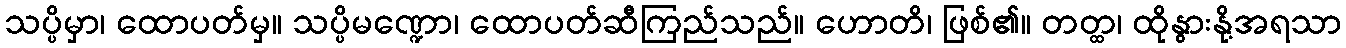
သပ္ပိမှာ၊ ထောပတ်မှ။ သပ္ပိမဏ္ဍော၊ ထောပတ်ဆီကြည်သည်။ ဟောတိ၊ ဖြစ်၏။ တတ္ထ၊ ထိုနွားနို့အရသာ